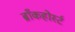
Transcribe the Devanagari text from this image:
ब्राँकहोर्स्ट